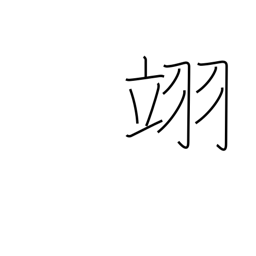
Meaning: flying